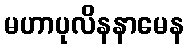
မဟာပုလိနနာမေန